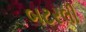
બટરલી